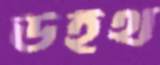
উইথ